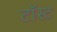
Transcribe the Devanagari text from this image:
टॉस्ट